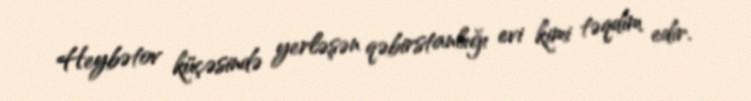
Heybətov küçəsində yerləşən qəbirstanlığı evi kimi təqdim edir.